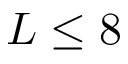
L \leq 8